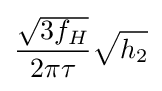
{\frac {\sqrt {3f_{H}}}{2\pi \tau }}{\sqrt {h_{2}}}